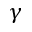
\gamma